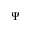
\Psi